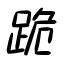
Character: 跪